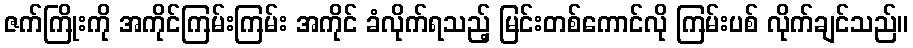
ဇက်ကြိုးကို အကိုင်ကြမ်းကြမ်း အကိုင် ခံလိုက်ရသည့် မြင်းတစ်ကောင်လို ကြမ်းပစ် လိုက်ချင်သည်။